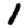
Digit: 1